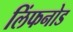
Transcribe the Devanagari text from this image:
लिंफनोड